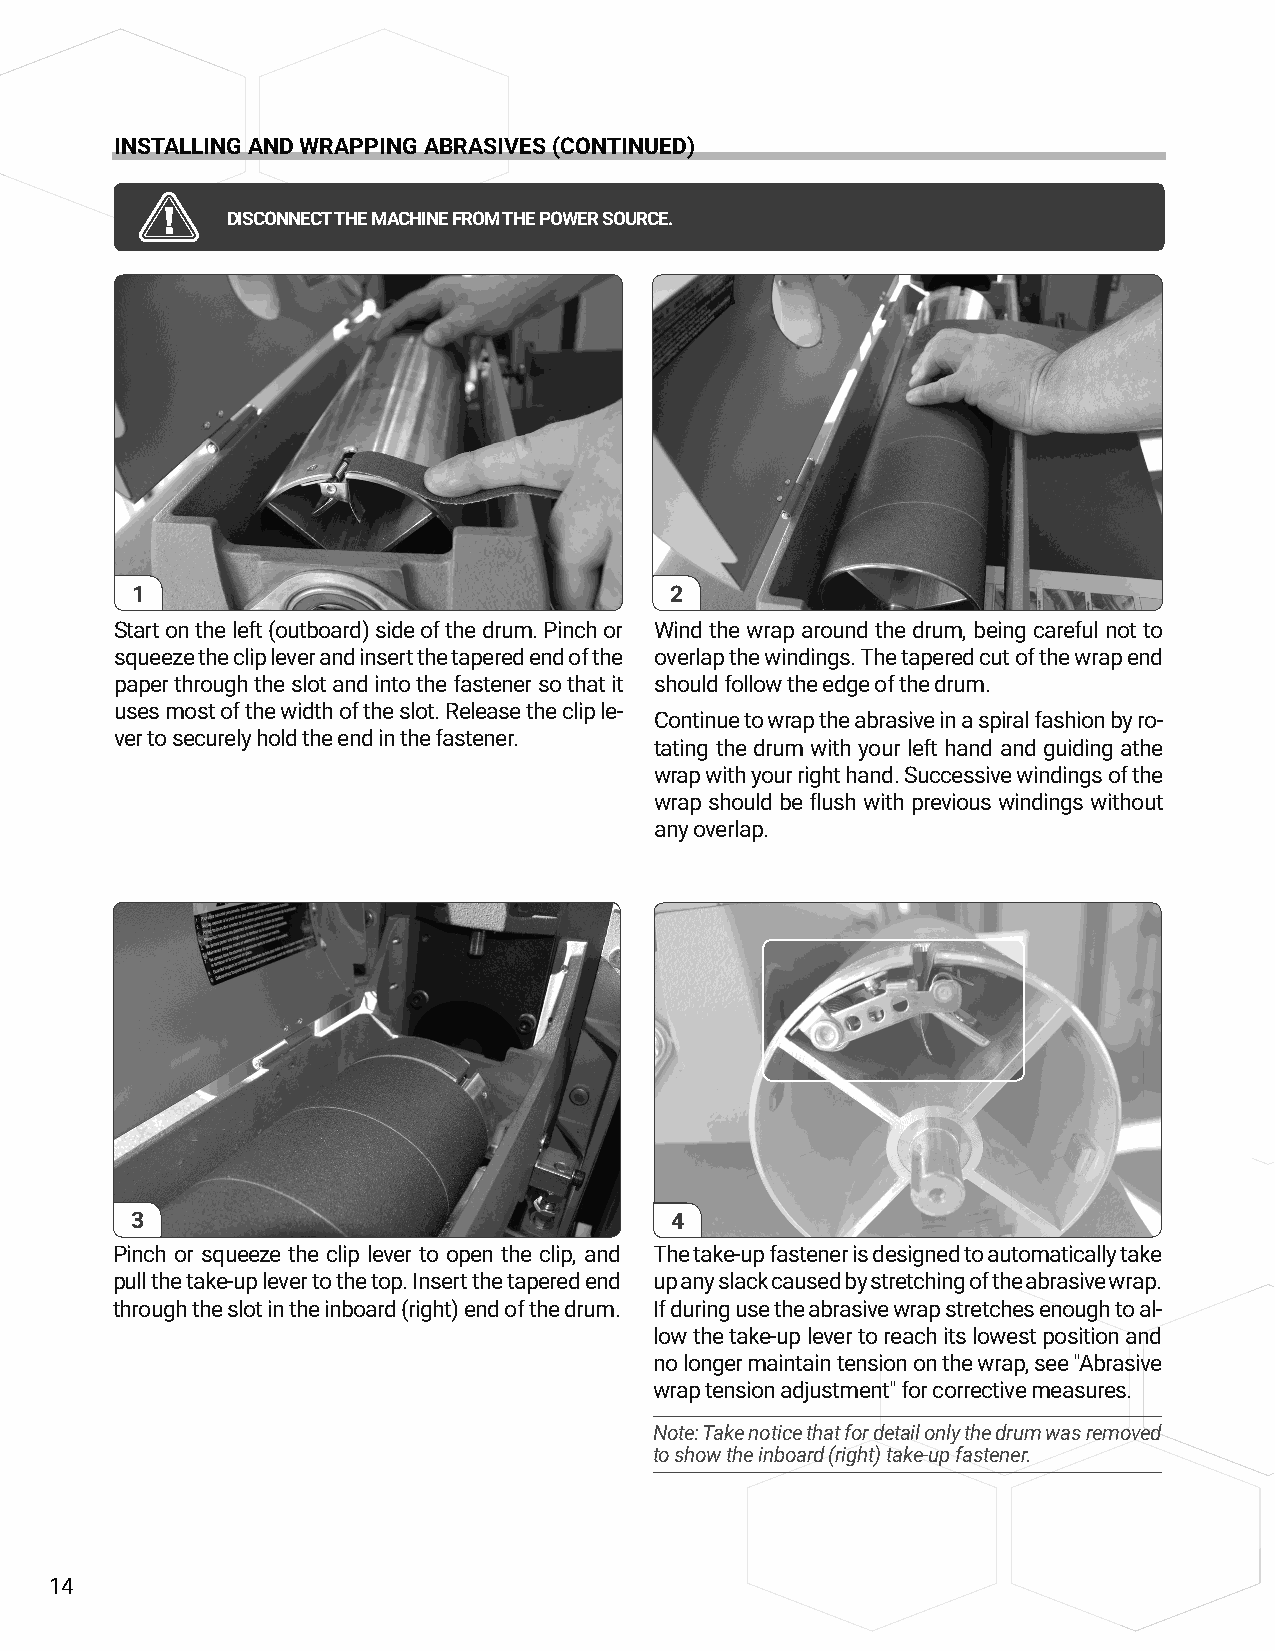
INSTALLING AND WRAPPING ABRASIVES (CONTINUED)
 DISCONNECT THE MACHINE FROM THE POWER SOURCE.
 1                                  2
 Start on the left (outboard) side of the drum. Pinch or Wind the wrap around the drum, being careful not to
 squeeze the clip lever and insert the tapered end of the overlap the windings. The tapered cut of the wrap end
 paper through the slot and into the fastener so that it should follow the edge of the drum.
 uses most of the width of the slot. Release the clip le-
 Continue to wrap the abrasive in a spiral fashion by ro-
 ver to securely hold the end in the fastener.
 tating the drum with your left hand and guiding athe
 wrap with your right hand. Successive windings of the
 wrap should be flush with previous windings without
 any overlap.
 3                                  4
 Pinch or squeeze the clip lever to open the clip, and The take-up fastener is designed to automatically take
 pull the take-up lever to the top. Insert the tapered end up any slack caused by stretching of the abrasive wrap.
 through the slot in the inboard (right) end of the drum. If during use the abrasive wrap stretches enough to al-
 low the take-up lever to reach its lowest position and
 no longer maintain tension on the wrap, see "Abrasive
 wrap tension adjustment" for corrective measures.
 Note: Take notice that for detail only the drum was removed
 to show the inboard (right) take-up fastener.
 14